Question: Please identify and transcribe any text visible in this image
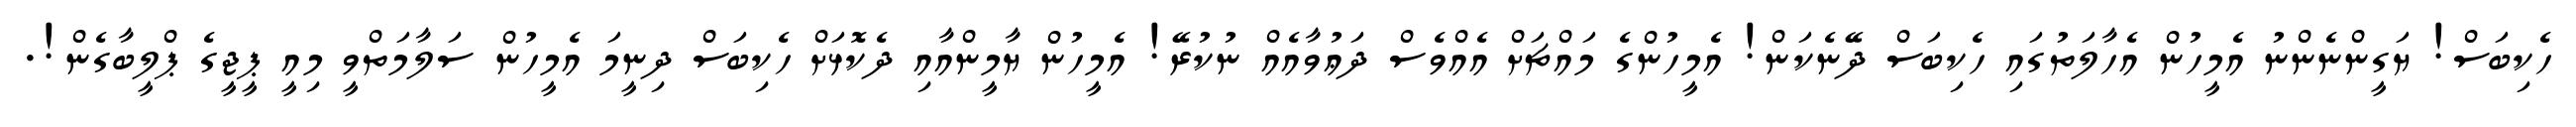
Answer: ހެކިބަސް! ޔަގީންނެންނު އެމީހުން އެހާލަތުގައި ހެކިބަސް ދޭނެކަން! އެމީހުންގެ މައްޗަށް އެއްވެސް ދަޢުވާއެއް ނުކުރޭ! އެމީހުން ޔާމީންއާއި ދެކޮޅަށް ހެކިބަސް ދިނީމަ އެމީހުން ސަލާމަތްވީ މިއީ ޕީޖީގެ ޕްލީބާގެން!.